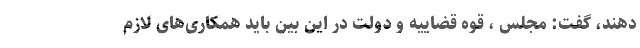
دهند، گفت: مجلس ، قوه قضاییه و دولت در این بین باید همکاری‌های لازم